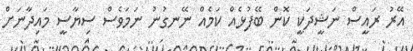
އޭރު ރައީސް ނަޝީދަކީ ކޮން ބޭފުޅެއް ކަމެއް ނޭނގުނު ނަމަވެސް ސިޔާސީ މައިދާނަށް